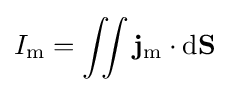
I_{\mathrm {m} }=\iint \mathbf {j} _{\mathrm {m} }\cdot \mathrm {d} \mathbf {S} \,\!